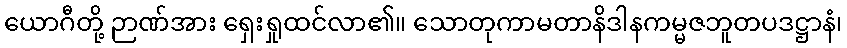
ယောဂီတို့ ဉာဏ်အား ရှေးရှုထင်လာ၏။ သောတုကာမတာနိဒါနကမ္မဇဘူတပဒဋ္ဌာနံ၊